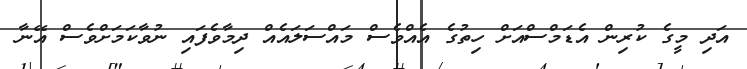
އަދި މީގެ ކުރިން އެޑަމްސްއަށް ހިތުގެ އެއްވެސް މައްސަލައެއް ދިމާވެފައި ނުވާކަމަށްވެސް އޭނާ